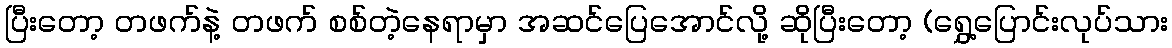
ပြီးတော့ တဖက်နဲ့ တဖက် စစ်တဲ့နေရာမှာ အဆင်ပြေအောင်လို့ ဆိုပြီးတော့ (ရွှေ့ပြောင်းလုပ်သား